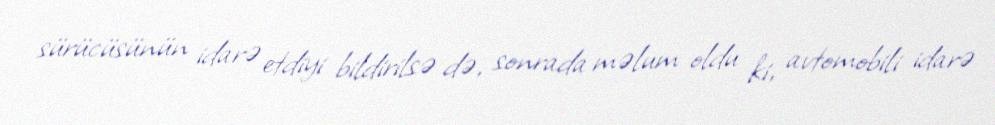
sürücüsünün idarə etdiyi bildirilsə də, sonrada məlum oldu ki, avtomobili idarə